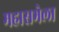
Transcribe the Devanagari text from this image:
महासभेला